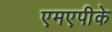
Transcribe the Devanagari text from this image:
एमएपीके